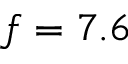
f = 7 . 6